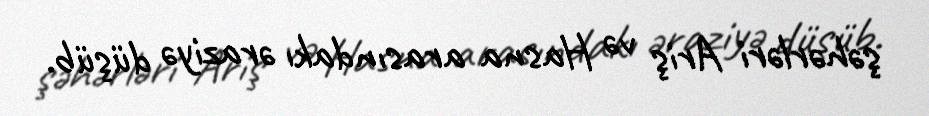
şəhərləri Ariş və Hasna arasındakı əraziyə düşüb.